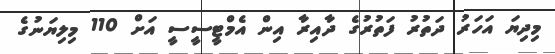
މިދިޔަ އަހަރު ދަތުރު ފަތުރުގެ ދާއިރާ އިން އެމްޓީސީސީ އަށް 110 މިލިޔަނުގެ